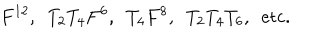
F ^ { 1 2 } , \, \, \, T _ { 2 } T _ { 4 } F ^ { 6 } , \, \, \, T _ { 4 } F ^ { 8 } , \, \, \, T _ { 2 } T _ { 4 } T _ { 6 } , \, \, \, \mathrm { e t c . }